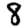
Digit: 8